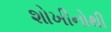
શોખીનોથી